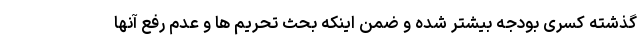
گذشته کسری بودجه بیشتر شده و ضمن اینکه بحث تحریم ها و عدم رفع آنها